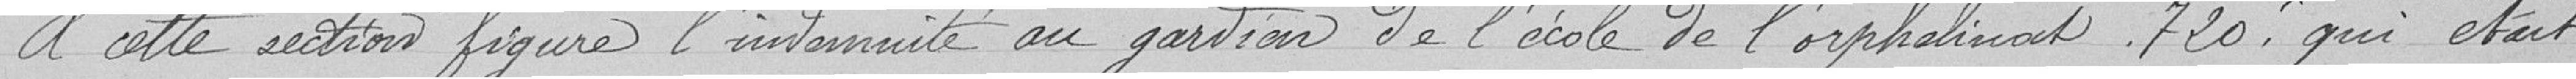
A cette section figure l'indemnité au gardien de l'école de l'orphelinat. 720. qui était